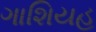
ગાશિયહ